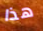
هذا